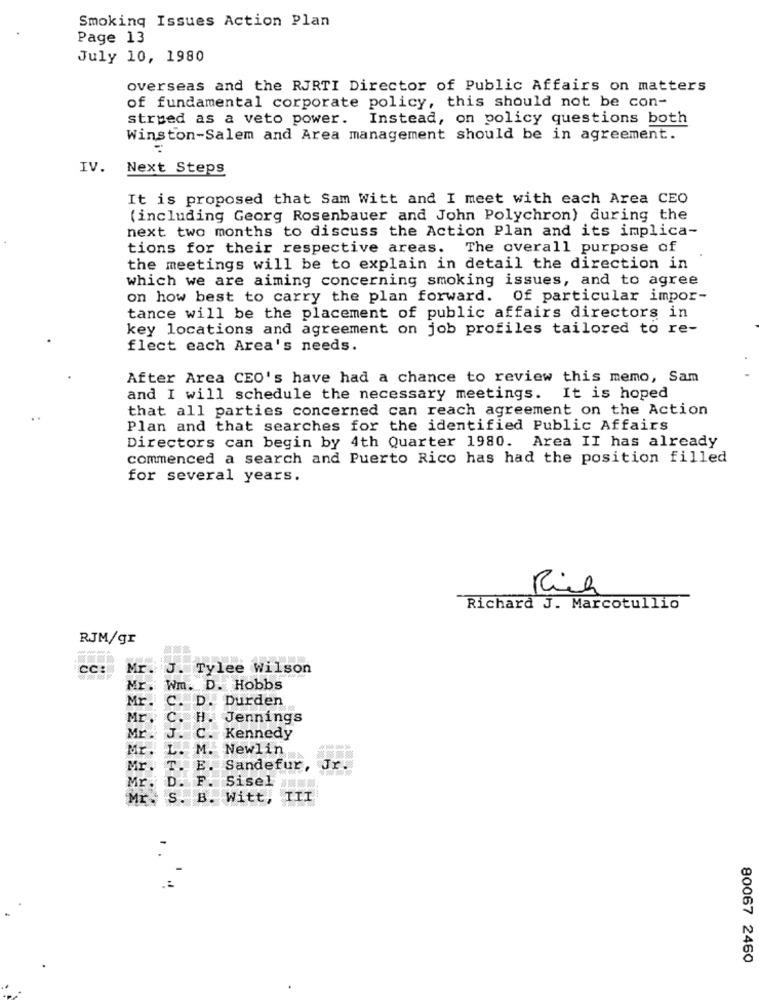
Smoking Issues Action Plan
Page 13
July 10, 1980
overseas and the RJRTI Director of Public Affairs on matters
of fundamental corporate policy, this should not be con-
strued as a veto power. Instead, on policy questions both
Winston-Salem and Area management should be in agreement.
IV. Next Steps
It is proposed that Sam Witt and I meet with each Area CEO
(including Georg Rosenbauer and John Polychron) during the
next two months to discuss the Action Plan and its implica-
tions for their respective areas. The overall purpose of
the meetings will be to explain in detail the direction in
which we are aiming concerning smoking issues, and to agree
on how best to carry the plan forward. Of particular impor-
tance will be the placement of public affairs directors in
key locations and agreement on job profiles tailored to re-
flect each Area's needs.
After Area CEO's have had a chance to review this memo, Sam
and I will schedule the necessary meetings. It is hoped
that all parties concerned can reach agreement on the Action
Plan and that searches for the identified Public Affairs
Directors can begin by 4th Quarter 1980. Area II has already
commenced a search and Puerto Rico has had the position filled
for several years.
Rich
Richard J. Marcotullio
RJM/gr
CC:
Mr.J. Tylee Wilson
Mr. Wm. D. Hobbs
Mr. C. D. Durden
Mr. C. H. Jennings
Mr. J. C. Kennedy
Mr.
L. M. Newlin
Mr .
T. E. Sandefur, Jr.
Mr. D. F. Sisel
Mr. S. B. Witt,
80067 2460